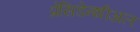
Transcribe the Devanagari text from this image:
प्रेसिडेन्शीअल